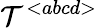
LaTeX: {\cal T}^{<abcd>}